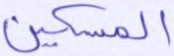
المسكين